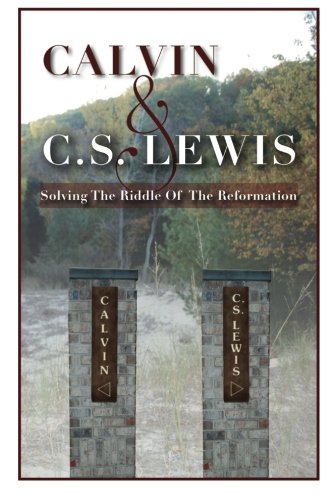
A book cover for Calvin & C. S. Lewis:  Solving the Riddle of the Reformation; Mr. Jordan C Ferrier; Christian Books & Bibles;